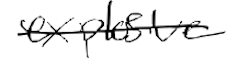
Text: explosive
Cross-out: single-line
Writing tool: digital_black